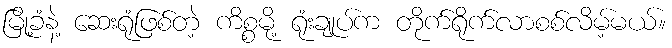
မြို့ခံနဲ့ ဆေးရုံဖြစ်တဲ့ ကိစ္စမို့ ရုံးချုပ်က တိုက်ရိုက်လာစစ်လိမ့်မယ်။